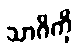
သာဂိကို